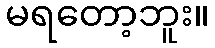
မရတော့ဘူး။